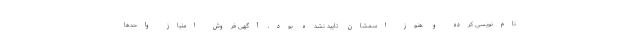
نام‌نویسی کرده و هنوز اسمشان تایید نشده بود، آگهی فروش امتیاز واحدها